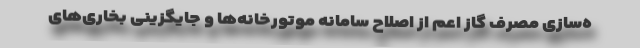
ه‌سازی مصرف گاز اعم از اصلاح سامانه موتورخانه‌ها و جایگزینی بخاری‌های